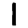
Digit: 1